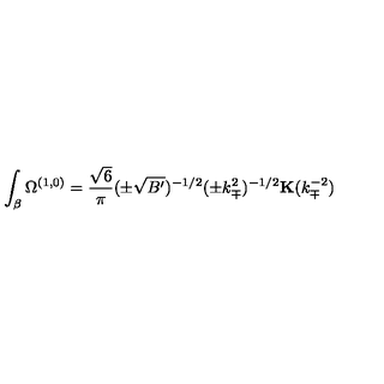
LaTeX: \int _ { \beta } \Omega ^ { ( 1 , 0 ) } = \frac { \sqrt { 6 } } { \pi } ( \pm \sqrt { B ^ { \prime } } ) ^ { - 1 / 2 } ( \pm k _ { \mp } ^ { 2 } ) ^ { - 1 / 2 } { \bf K } ( k _ { \mp } ^ { - 2 } )